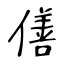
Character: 僐